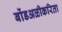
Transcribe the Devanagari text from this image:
बोंडअळीकरिता